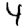
Digit: 4